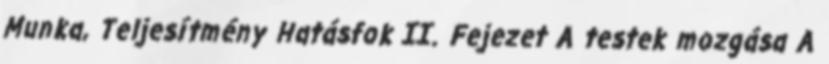
Munka, Teljesítmény Hatásfok II. Fejezet A testek mozgása A